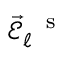
\vec { \mathcal { E } } _ { \ell } ^ { \mathrm { ~ \, ~ s ~ } }